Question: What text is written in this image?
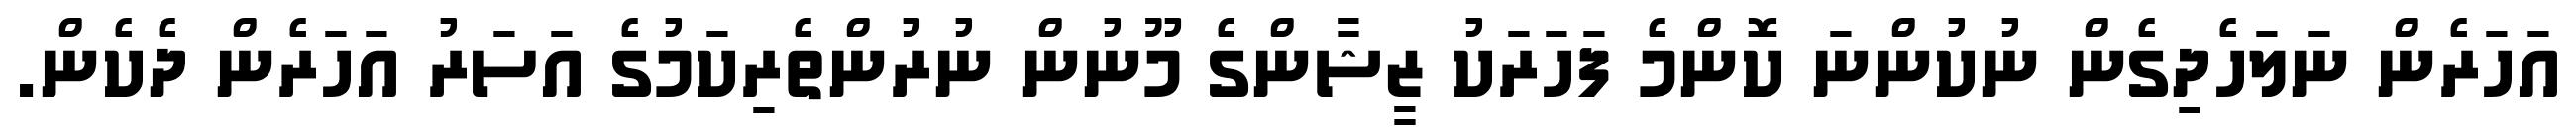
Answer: އަހަރެން ނަލަހެދިގެން ނުކުންނަ ކޮންމެ ފަހަރަކު ޒީޝާންގެ މޫނުން ނުރުންތެރިކަމުގެ އަސަރު އަހަރެން ދެކެން.